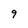
Character: 9